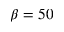
\beta = 5 0